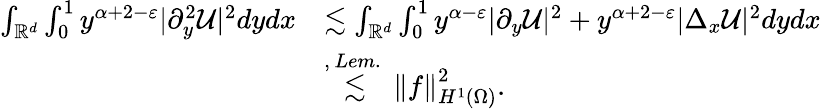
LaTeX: \begin{array}{rl}{\int_{\mathbb{R}^{d}}\int_{0}^{1}y^{\alpha+2-\varepsilon}|\partial_{y}^{2}\mathcal{U}|^{2}dydx}&{\lesssim\int_{\mathbb{R}^{d}}\int_{0}^{1}y^{\alpha-\varepsilon}|\partial_{y}\mathcal{U}|^{2}+y^{\alpha+2-\varepsilon}|\Delta_{x}\mathcal{U}|^{2}dydx}\\ &{\stackrel{,\, Lem.~}{\lesssim}\left\| f\right\| _{H^{1}(\Omega)}^{2}.}\end{array}